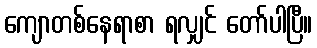
ကျောတစ်နေရာစာ ရလျှင် တော်ပါပြီ။